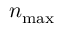
n _ { \mathrm { { m a x } } }